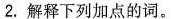
2.解释下列加点的词。